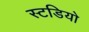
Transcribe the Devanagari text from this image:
स्टडियो